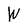
Character: W